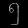
Digit: ၅